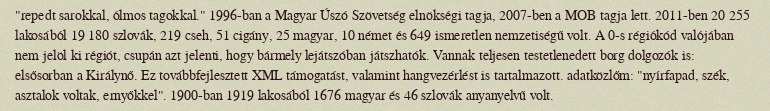
"repedt sarokkal, ólmos tagokkal." 1996-ban a Magyar Úszó Szövetség elnökségi tagja, 2007-ben a MOB tagja lett. 2011-ben 20 255 lakosából 19 180 szlovák, 219 cseh, 51 cigány, 25 magyar, 10 német és 649 ismeretlen nemzetiségű volt. A 0-s régiókód valójában nem jelöl ki régiót, csupán azt jelenti, hogy bármely lejátszóban játszhatók. Vannak teljesen testetlenedett borg dolgozók is: elsősorban a Királynő. Ez továbbfejlesztett XML támogatást, valamint hangvezérlést is tartalmazott. adatközlőm: "nyírfapad, szék, asztalok voltak, ernyőkkel". 1900-ban 1919 lakosából 1676 magyar és 46 szlovák anyanyelvű volt.